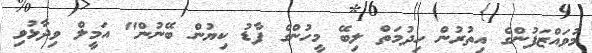
މުވައްޒަފުންގެ އިތުރުން ހިދުމަތް ލިބޭ މީހުންގެ ފާޑު ކިޔުން ބޭނުން" އަމީލް ވިދާޅުވި